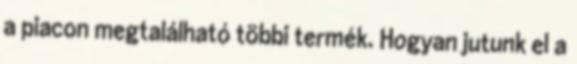
a piacon megtalálható többi termék. Hogyan jutunk el a